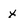
Character: x